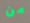
من